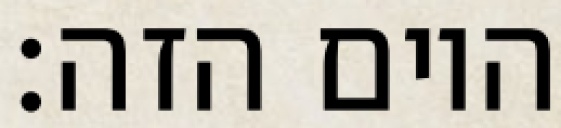
היום הזה: